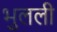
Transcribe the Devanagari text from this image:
भुलली